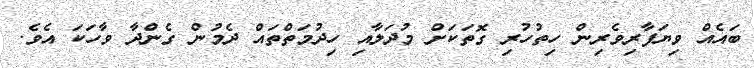
ބައެއް ވިޔަފާރިވެރިން ހިތުހުރި ގޮތަކަށް މުދަލާއި ހިދުމަތްތައް ދެމުން ގެންދާ ވާހަކަ އެވެ.